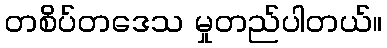
တစိပ်တဒေသ မှုတည်ပါတယ်။